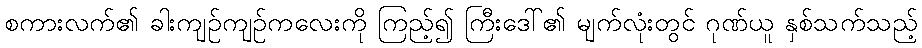
စကားလက်၏ ခါးကျဉ်ကျဉ်ကလေးကို ကြည့်၍ ကြီးဒေါ်၏ မျက်လုံးတွင် ဂုဏ်ယူ နှစ်သက်သည့်